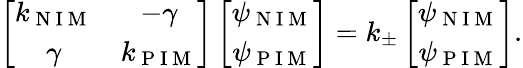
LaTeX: \left[\begin{array}{cc}{k_{\mathrm{~N~I~M~}}}&{-\gamma}\\ {\gamma}&{k_{\mathrm{~P~I~M~}}}\end{array}\right]\left[\begin{array}{cc}{\psi_{\mathrm{~N~I~M~}}}\\ {\psi_{\mathrm{~P~I~M~}}}\end{array}\right]=k_{\pm}\left[\begin{array}{cc}{\psi_{\mathrm{~N~I~M~}}}\\ {\psi_{\mathrm{~P~I~M~}}}\end{array}\right].